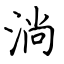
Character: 淌